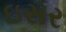
ઇસર